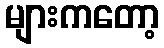
များကတော့